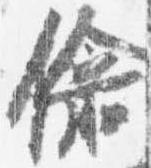
偸